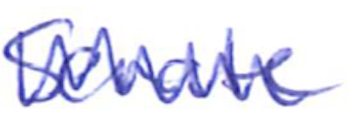
Text: Senate
Cross-out: zig-zag
Writing tool: ballpoint